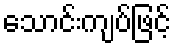
သောင်းကျပ်ဖြင့်